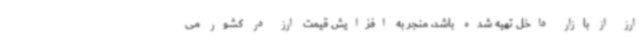
ارز از بازار داخل تهیه شده باشد، منجر به افزایش قیمت ارز در کشور می